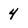
Character: 4